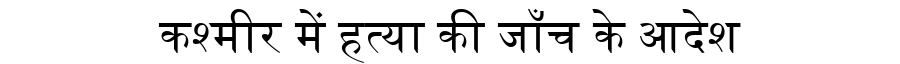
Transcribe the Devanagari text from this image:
कश्मीर में हत्या की जाँच के आदेश